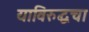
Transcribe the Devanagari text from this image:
याविरुद्धचा